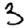
Digit: 3